255_413270_UFO's_and_Defense_What_Should_we_Prepare_For
Agency: NASA
Page 38
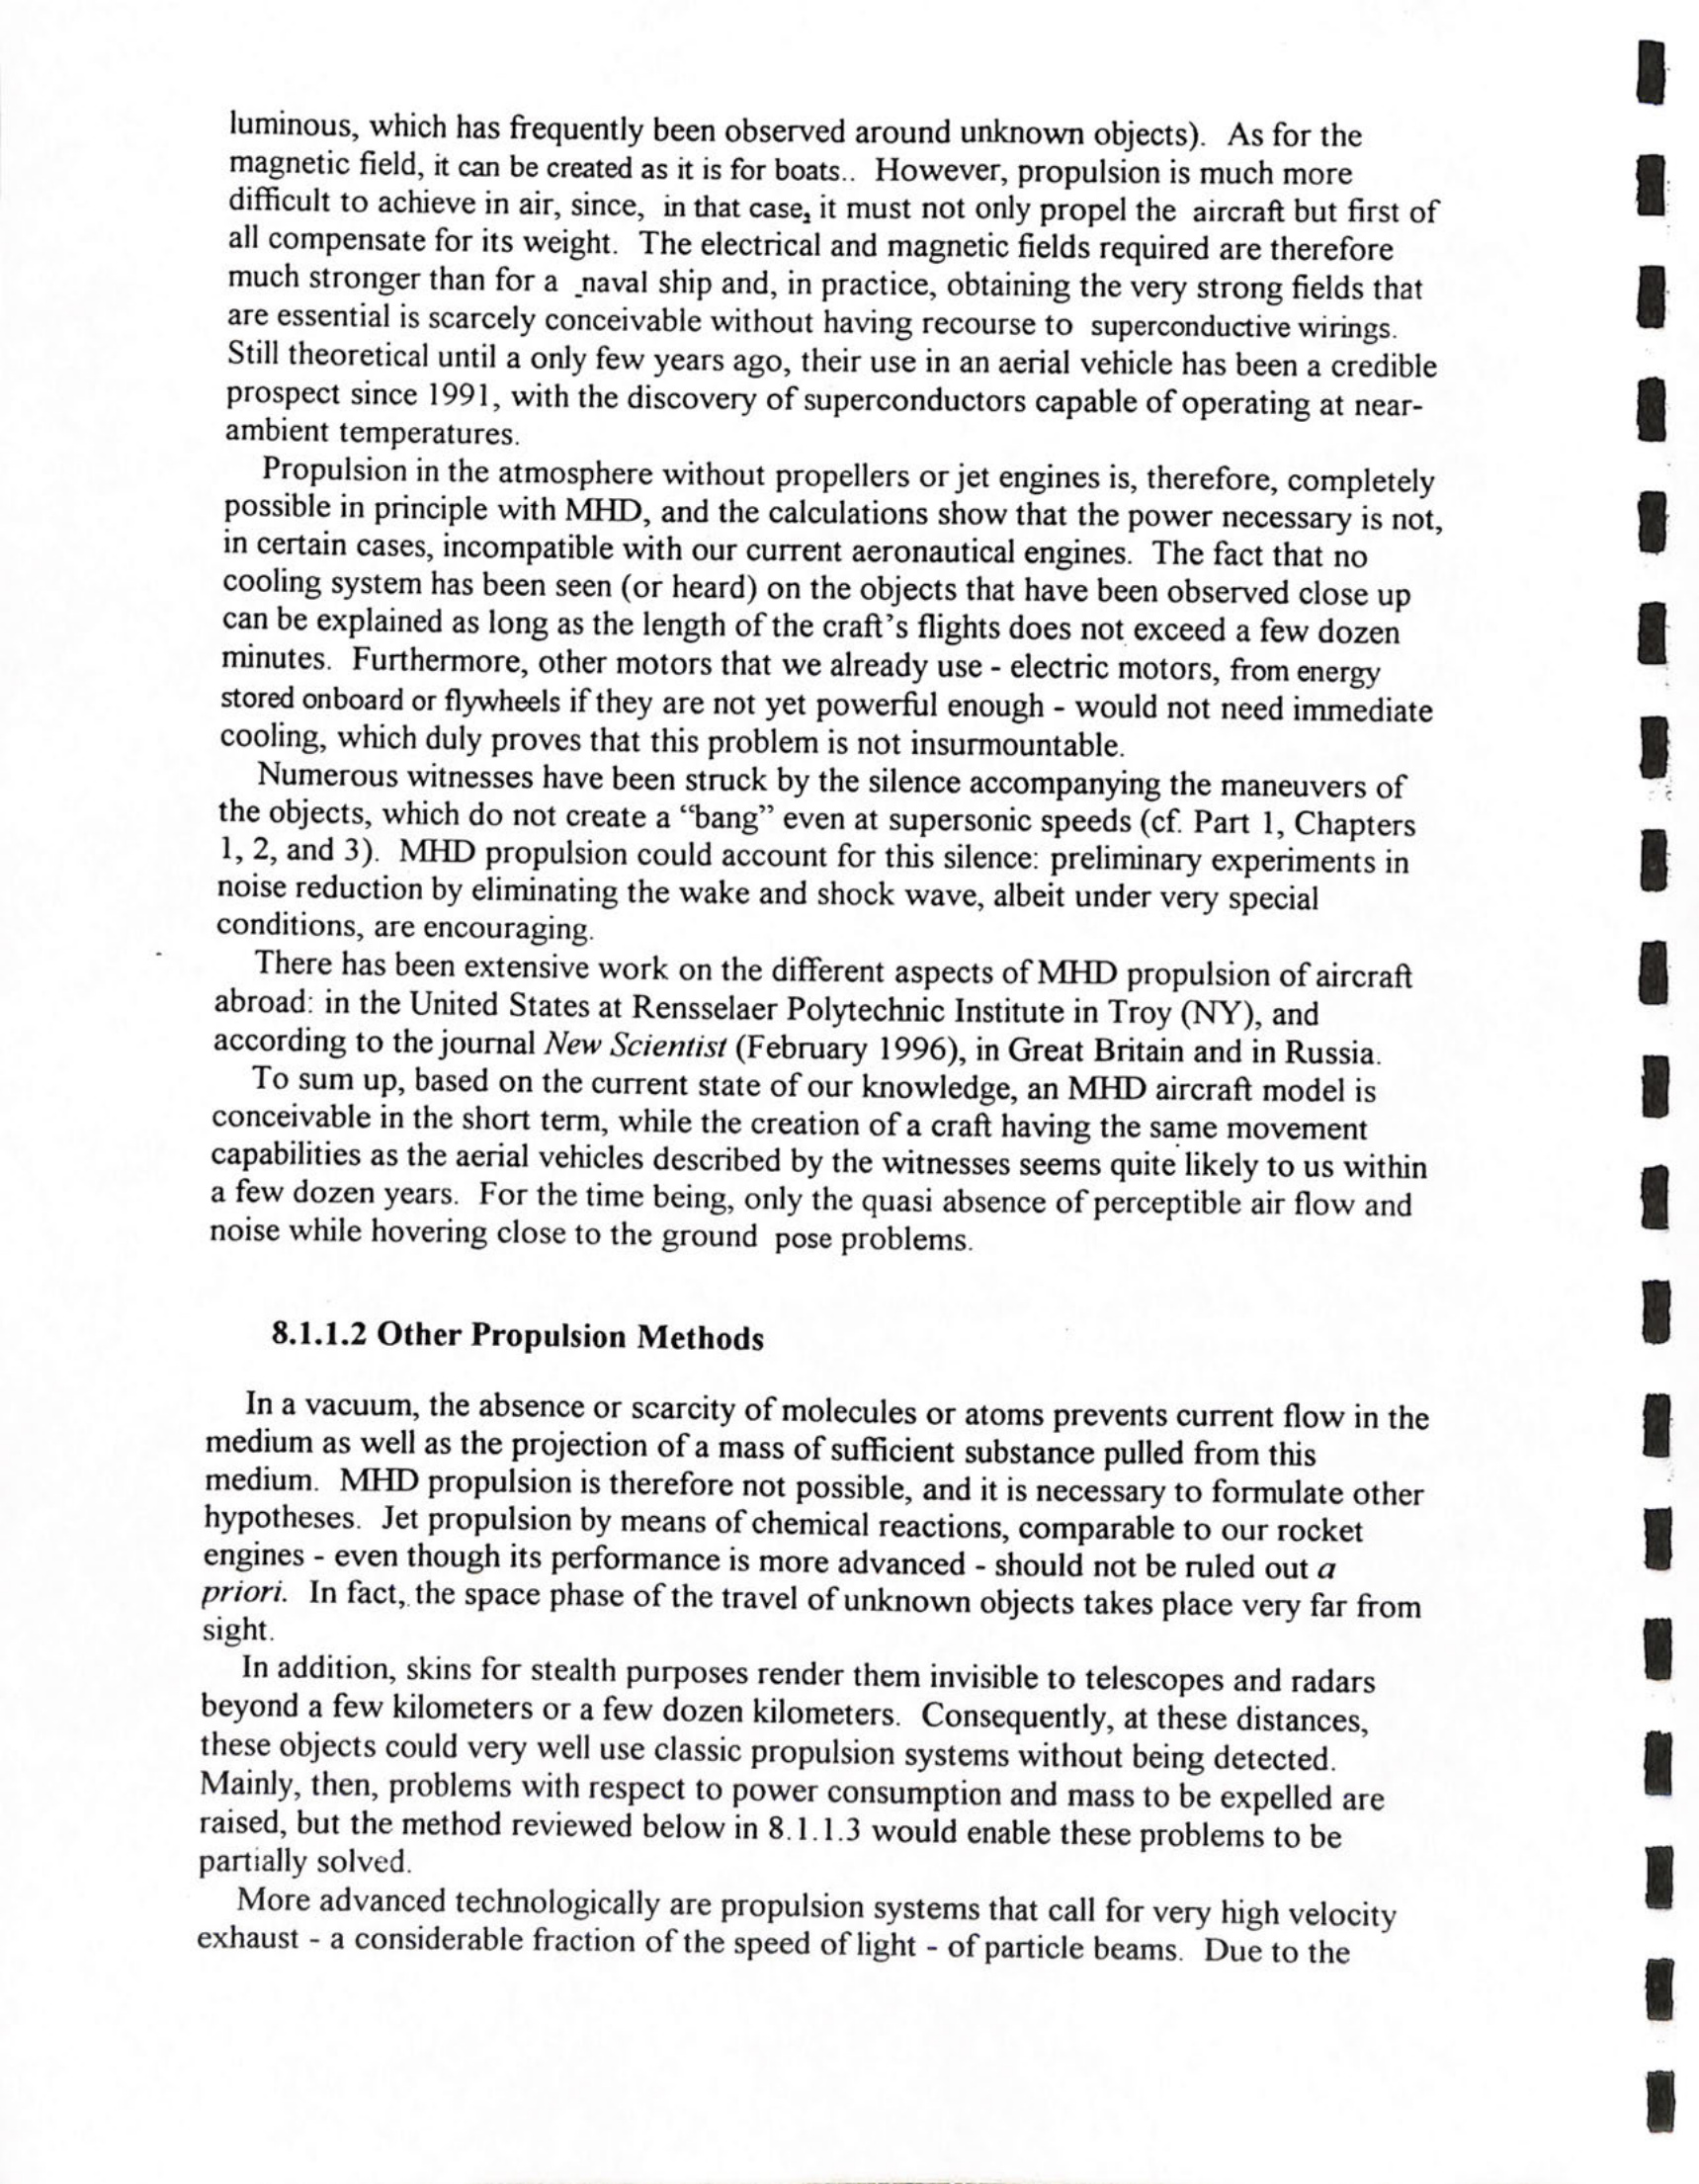